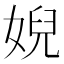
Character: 婗